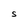
Character: S